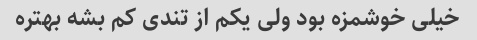
خیلی خوشمزه بود ولی یکم از تندی کم بشه بهتره